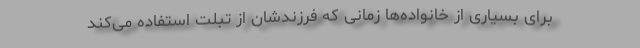
برای بسیاری از خانواده‌ها زمانی که فرزندشان از تبلت استفاده می‌کند